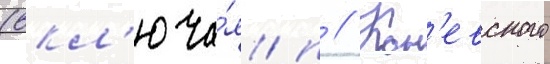
(вкл'юча́я п // Кон'евского